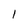
Character: l